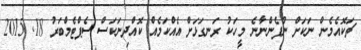
ޗަކޮއެމެން ނަކަށް ނުފެންނާނެ މީހަކު ރަނގަޅަށް އެއްކަމެއް ކޮއްދިނަކަސް ސެޕްޓެމްބަރު 18